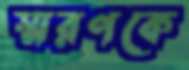
স্মরণকে